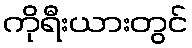
ကိုရီးယားတွင်